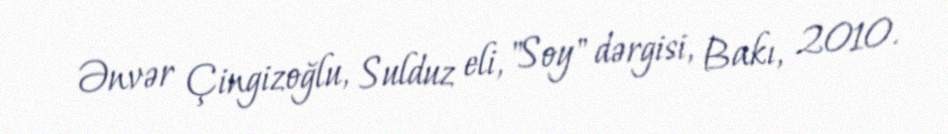
Ənvər Çingizoğlu, Sulduz eli, "Soy" dərgisi, Bakı, 2010.